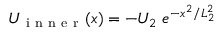
U _ { \mathrm { ~ i ~ n ~ n ~ e ~ r ~ } } ( x ) = - U _ { 2 } \ e ^ { - x ^ { 2 } / L _ { 2 } ^ { 2 } }